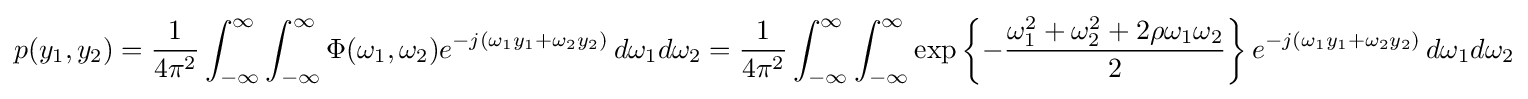
p(y_{1},y_{2})={\frac {1}{4\pi ^{2}}}\int _{-\infty }^{\infty }\int _{-\infty }^{\infty }\Phi (\omega _{1},\omega _{2})e^{-j(\omega _{1}y_{1}+\omega _{2}y_{2})}\,d\omega _{1}d\omega _{2}={\frac {1}{4\pi ^{2}}}\int _{-\infty }^{\infty }\int _{-\infty }^{\infty }\exp \left\{-{\frac {\omega _{1}^{2}+\omega _{2}^{2}+2\rho \omega _{1}\omega _{2}}{2}}\right\}e^{-j(\omega _{1}y_{1}+\omega _{2}y_{2})}\,d\omega _{1}d\omega _{2}